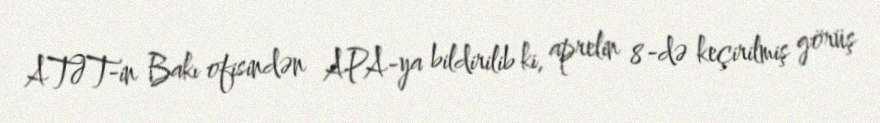
ATƏT-in Bakı ofisindən APA-ya bildirilib ki, aprelin 8-də keçirilmiş görüş